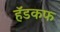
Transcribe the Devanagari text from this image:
हॅडकफ